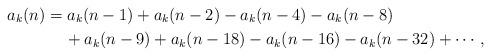
LaTeX: \begin{align*}a_k(n)&=a_k(n-1)+a_k(n-2)-a_k(n-4)-a_k(n-8)\\&\quad\, +a_k(n-9)+a_k(n-18)-a_k(n-16)-a_k(n-32)+\cdots,\end{align*}